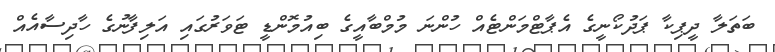
ބަތަލާ ދީޕިކާ ޕަދުކޯނީގެ އެޕާޓްމަންޓެއް ހުންނަ މުމްބާއީގެ ބިއުމޮންޑީ ޓަވަރުގައި އަލިފާނުގެ ހާދިސާއެއް